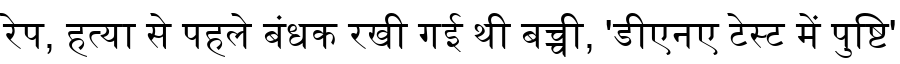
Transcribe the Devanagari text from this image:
रेप, हत्या से पहले बंधक रखी गई थी बच्ची, 'डीएनए टेस्ट में पुष्टि'